Report of the Bombay Plague Committee
Disease focus: Plague
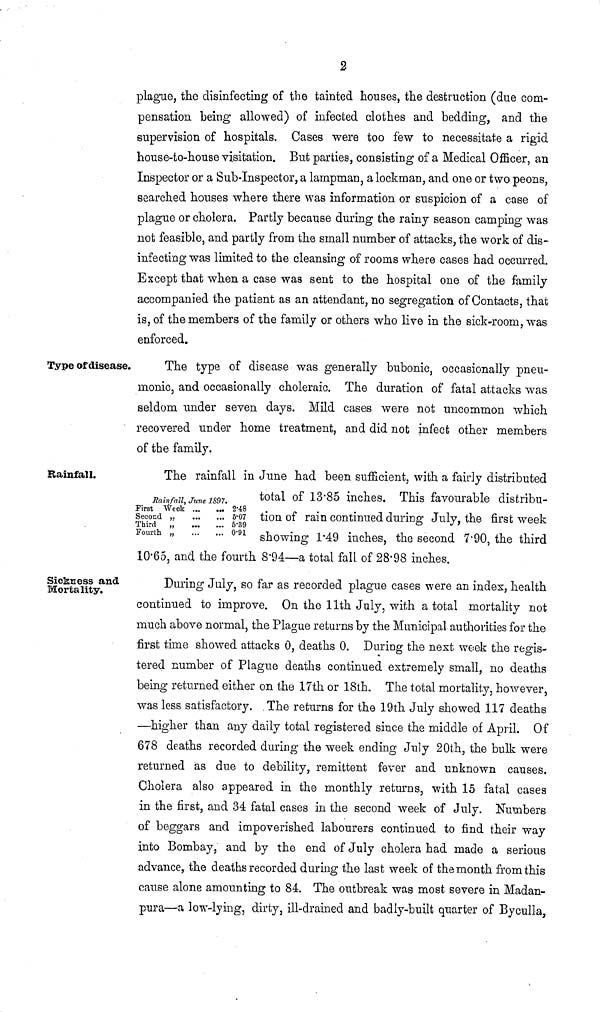
2
plague, the disinfecting of the tainted houses, the destruction (due com-
pensation being allowed) of infected clothes and bedding, and the
supervision of hospitals. Cases were too few to necessitate a rigid
house-to-house visitation. But parties, consisting of a Medical Officer, an
Inspector or a Sub-Inspector, a lampman, a lockman, and one or two peons,
searched houses where there was information or suspicion of a case of
plague or cholera. Partly because during the rainy season camping was
not feasible, and partly from the small number of attacks, the work of dis-
infecting was limited to the cleansing of rooms where cases had occurred.
Except that when a case was sent to the hospital one of the family
accompanied the patient as an attendant, no segregation of Contacts, that
is, of the members of the family or others who live in the sick-room, was
enforced.
Type of disease.
The type of disease was generally bubonic, occasionally pneu-
monic, and occasionally choleraic. The duration of fatal attacks was
seldom under seven days. Mild cases were not uncommon which
recovered under home treatment, and did not infect other members
of the family.
The rainfall in June had been sufficient, with a fairly distributed
total of 13.85 inches. This favourable distribu-
tion of rain continued during July, the first week
showing 1.49 inches, the second 7'90, the third
10.65, and the fourth 8.94—a total fall of 28.98 inches.
Rainfall, June 1S97.
First Week
Second
Third
Fourth
2.48
5.07
5.39
0.91
Sickness and
Mortality.
During July, so far as recorded plague cases were an index, health
continued to improve. On the 11th July, with a total mortality not
much above normal, the Plague returns by the Municipal authorities for the
first time showed attacks 0, deaths 0. During the next week the regis-
tered number of Plague deaths continued extremely small, no deaths
being returned either on the 17th or 18th. The total mortality, however,
was less satisfactory. The returns for the 19th July showed 117 deaths
—higher than any daily total registered since the middle of April. Of
678 deaths recorded during the week ending July 20th, the bulk were
returned as due to debility, remittent fever and unknown causes.
Cholera also appeared in the monthly returns, with 15 fatal cases
in the first, and 34 fatal cases in the second week of July. Numbers
of beggars and impoverished labourers continued to find their way
into Bombay, and by the end of July cholera had made a serious
advance, the deaths recorded during the last week of the month from this
cause alone amounting to 84. The outbreak was most severe in Madan-
pura—a low-lying, dirty, ill-drained and badly-built quarter of Byculla,